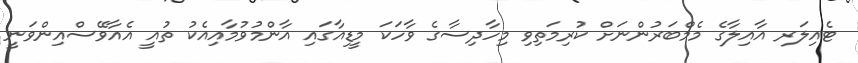
ޓެއިލަރ އާއިލާގެ މެމްބަރުންނަށް ކުރިމަތިވި މިހާދިސާގެ ވާހަކަ މީޑިއާގައި އާންމުވުމާއިއެކު ތުއީ އެއާވޭސްއިންވަނީ